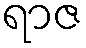
ရာဇ